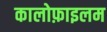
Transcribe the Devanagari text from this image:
कालोफ़ाइलम